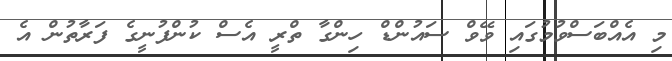
މި އެއްބަސްވުމުގައި ވޭވް ސައުންޑް ހިންގާ ތްރީ އެސް ކުންފުނީގެ ފަރާތުން އެ